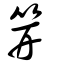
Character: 笄